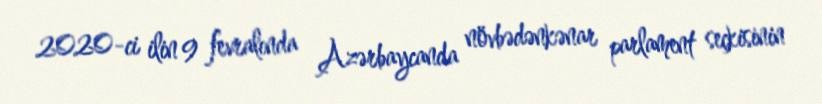
2020-ci ilin 9 fevralında Azərbaycanda növbədənkənar parlament seçkisinin